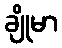
ချိုမာ